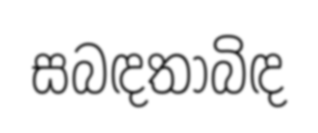
සබඳතාබිඳ